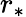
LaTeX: r_{\ast}